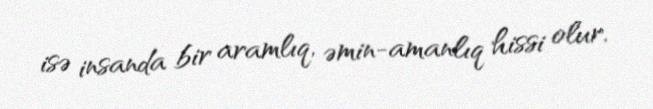
isə insanda bir aramlıq, əmin-amanlıq hissi olur.